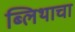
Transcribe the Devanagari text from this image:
ब्लिथाचा